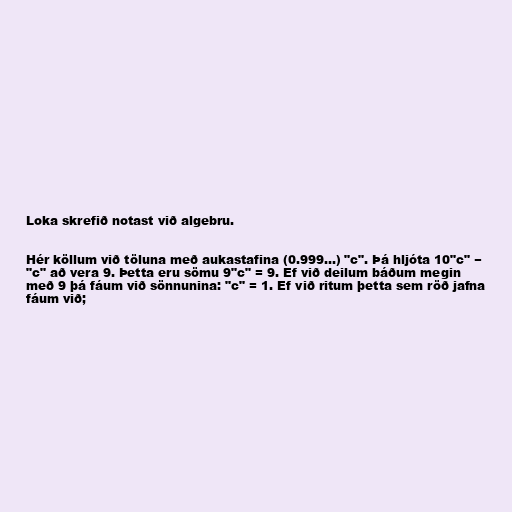
Loka skrefið notast við algebru.

Hér köllum við töluna með aukastafina (0.999…) "c". Þá hljóta 10"c" −
"c" að vera 9. Þetta eru sömu 9"c" = 9. Ef við deilum báðum megin
með 9 þá fáum við sönnunina: "c" = 1. Ef við ritum þetta sem röð jafna
fáum við;